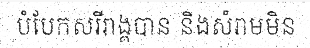
បំបែកសរីរាង្គបាន និងសំរាមមិន